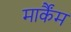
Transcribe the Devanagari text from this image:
मार्कैंम